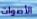
الأصوات